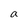
Character: a